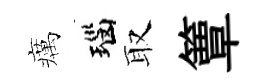
癘瑙取簟